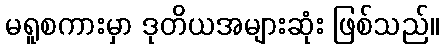
မရူစကားမှာ ဒုတိယအများဆုံး ဖြစ်သည်။